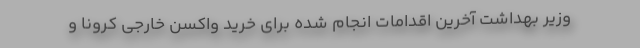
وزیر بهداشت آخرین اقدامات انجام شده برای خرید واکسن خارجی کرونا و